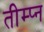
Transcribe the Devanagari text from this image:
तीम्प्न